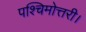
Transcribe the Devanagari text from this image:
पश्चिमोत्तरी।